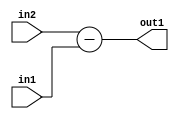
`timescale 1ps / 1ps
/*****************************************************************************
    Verilog RTL Description
    
    
    Created by: Stratus DpOpt 2019.1.01 
*******************************************************************************/

module st_weight_addr_gen_Sub_16Ux16U_17S_4_11 (
	in2,
	in1,
	out1
	); /* architecture "behavioural" */ 
input [15:0] in2,
	in1;
output [16:0] out1;
wire [16:0] asc001;

assign asc001 = 
	+(in2)
	-(in1);

assign out1 = asc001;
endmodule

/* CADENCE  ubDyQw8= : u9/ySgnWtBlWxVPRXgAZ4Og= ** DO NOT EDIT THIS LINE ******/